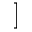
]